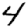
Digit: 4